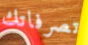
تصرفاتك